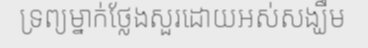
ទ្រព្យម្នាក់ថ្លែងសួរដោយអស់សង្ឃឹម